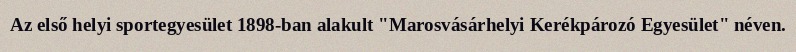
Az első helyi sportegyesület 1898-ban alakult "Marosvásárhelyi Kerékpározó Egyesület" néven.